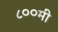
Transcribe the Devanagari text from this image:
८००मी